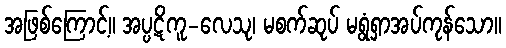
အဖြစ်ကြောင့်။ အပ္ပဋိကူ-လေသု၊ မစက်ဆုပ် မရွံရှာအပ်ကုန်သော။